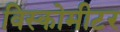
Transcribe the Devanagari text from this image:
विस्कोमीटर